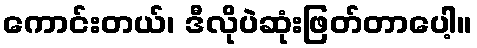
ကောင်းတယ်၊ ဒီလိုပဲဆုံးဖြတ်တာပေါ့။